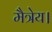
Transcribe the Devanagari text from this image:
मैत्रेय।